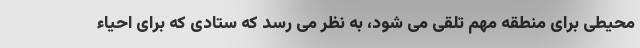
محیطی برای منطقه مهم تلقی می شود، به نظر می رسد که ستادی که برای احیاء